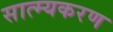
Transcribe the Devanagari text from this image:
सात्म्यकरण